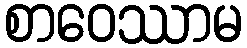
စာဝေဿာမ